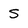
Character: S